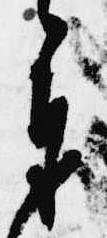
奉